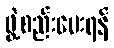
ဖွဲ့စည်းပေးရန်